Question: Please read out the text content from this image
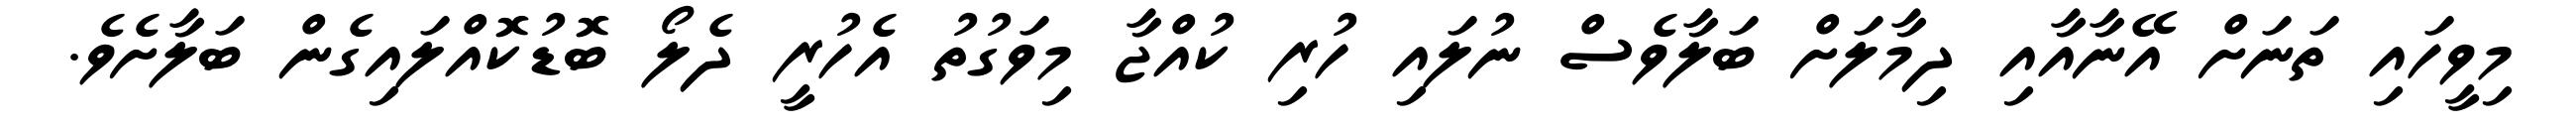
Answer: މިވީހައި ތަނަށް އޭނާއާއި ދިމާލަށް ބަލާވެސް ނުލައި ހުރި ކުއްޖާ މިވަގުތު އެހުރީ ދެލޯ ބޮޑުކޮއްލައިގެން ބަލާށެވެ.